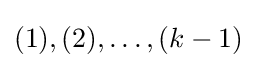
(1),(2),\ldots ,(k-1)